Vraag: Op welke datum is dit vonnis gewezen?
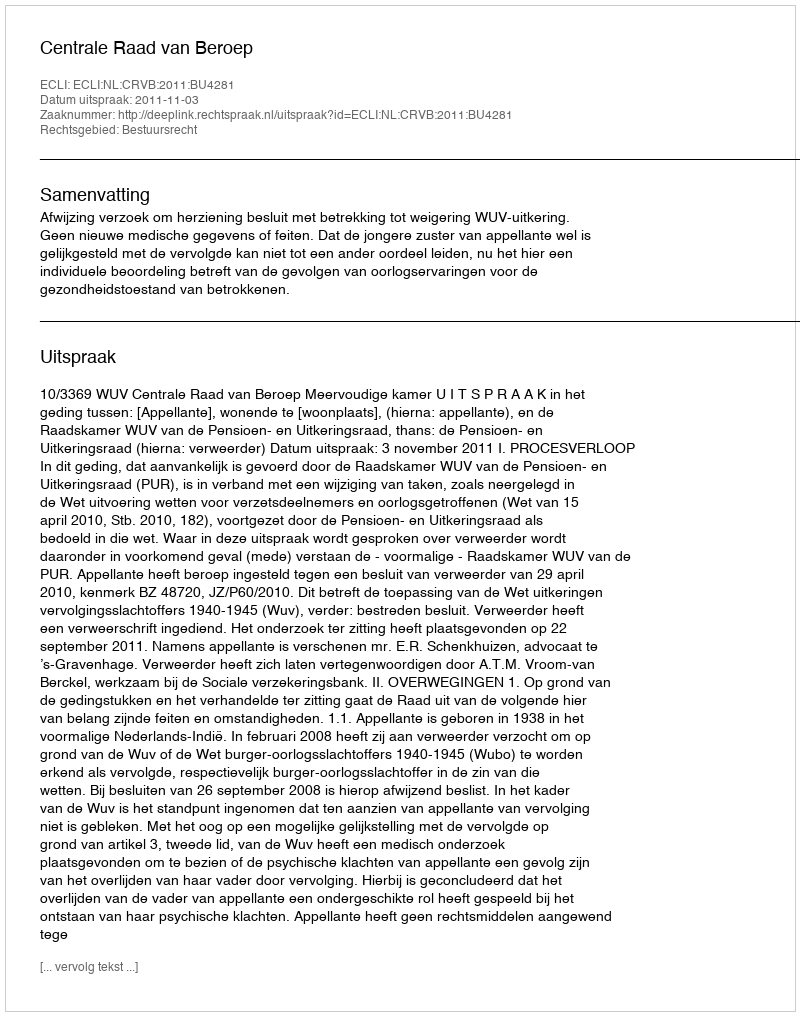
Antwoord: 2011-11-03